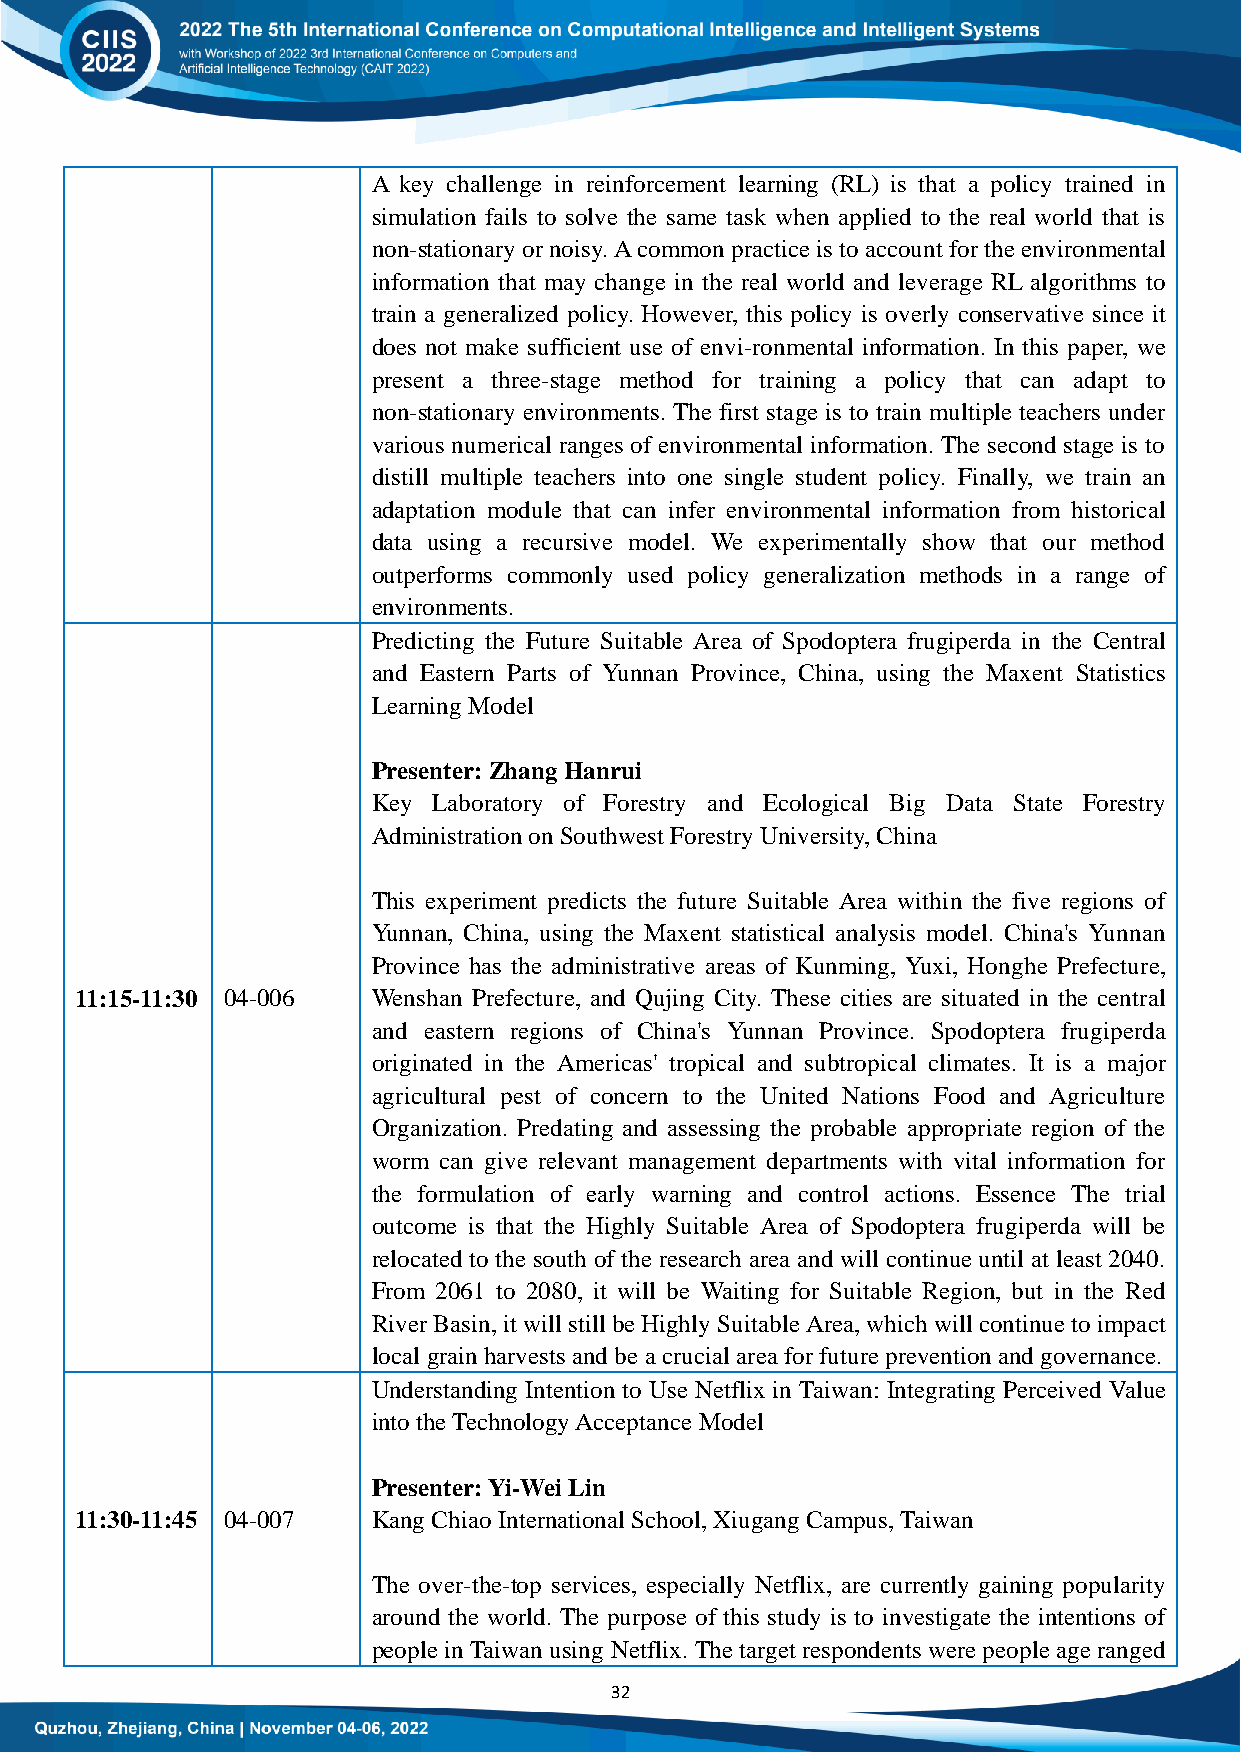
A key challenge in reinforcement learning (RL) is that a policy trained in
 simulation fails to solve the same task when applied to the real world that is
 non-stationary or noisy. A common practice is to account for the environmental
 information that may change in the real world and leverage RL algorithms to
 train a generalized policy. However, this policy is overly conservative since it
 does not make sufficient use of envi-ronmental information. In this paper, we
 present a three-stage method for training a policy that can adapt to
 non-stationary environments. The first stage is to train multiple teachers under
 various numerical ranges of environmental information. The second stage is to
 distill multiple teachers into one single student policy. Finally, we train an
 adaptation module that can infer environmental information from historical
 data using a recursive model. We experimentally show that our method
 outperforms commonly used policy generalization methods in a range of
 environments.
 Predicting the Future Suitable Area of Spodoptera frugiperda in the Central
 and Eastern Parts of Yunnan Province, China, using the Maxent Statistics
 Learning Model
 Presenter: Zhang Hanrui
 Key Laboratory of Forestry and Ecological Big Data State Forestry
 Administration on Southwest Forestry University, China
 This experiment predicts the future Suitable Area within the five regions of
 Yunnan, China, using the Maxent statistical analysis model. China's Yunnan
 Province has the administrative areas of Kunming, Yuxi, Honghe Prefecture,
 11:15-11:30 04-006  Wenshan Prefecture, and Qujing City. These cities are situated in the central
 and eastern regions of China's Yunnan Province. Spodoptera frugiperda
 originated in the Americas' tropical and subtropical climates. It is a major
 agricultural pest of concern to the United Nations Food and Agriculture
 Organization. Predating and assessing the probable appropriate region of the
 worm can give relevant management departments with vital information for
 the formulation of early warning and control actions. Essence The trial
 outcome is that the Highly Suitable Area of Spodoptera frugiperda will be
 relocated to the south of the research area and will continue until at least 2040.
 From 2061 to 2080, it will be Waiting for Suitable Region, but in the Red
 River Basin, it will still be Highly Suitable Area, which will continue to impact
 local grain harvests and be a crucial area for future prevention and governance.
 Understanding Intention to Use Netflix in Taiwan: Integrating Perceived Value
 into the Technology Acceptance Model
 Presenter: Yi-Wei Lin
 11:30-11:45 04-007  Kang Chiao International School, Xiugang Campus, Taiwan
 The over-the-top services, especially Netflix, are currently gaining popularity
 around the world. The purpose of this study is to investigate the intentions of
 people in Taiwan using Netflix. The target respondents were people age ranged
 32